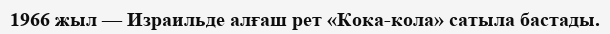
1966 жыл — Израильде алғаш рет «Кока-кола» сатыла бастады.